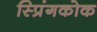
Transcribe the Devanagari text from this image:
स्प्रिंगकोक